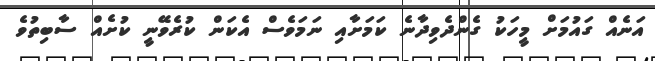
އަނެއް ގައުމަށް މީހަކު ގެންދެވިދާނެ ކަމަށާއި ނަމަވެސް އެކަން ކުރެވޭނީ ކުށެއް ސާބިތުވެ